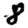
Digit: 8